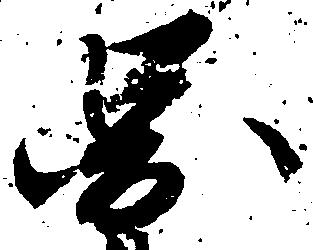
図